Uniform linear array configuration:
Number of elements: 48
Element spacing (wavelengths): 1
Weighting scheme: hann
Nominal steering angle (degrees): -60
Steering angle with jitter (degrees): -61.402
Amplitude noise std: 0.05
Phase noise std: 0.05

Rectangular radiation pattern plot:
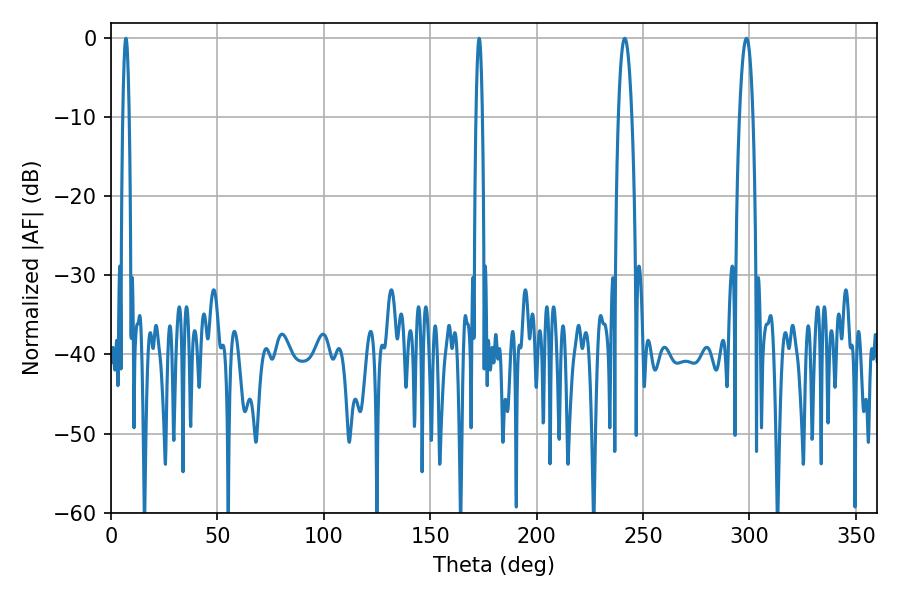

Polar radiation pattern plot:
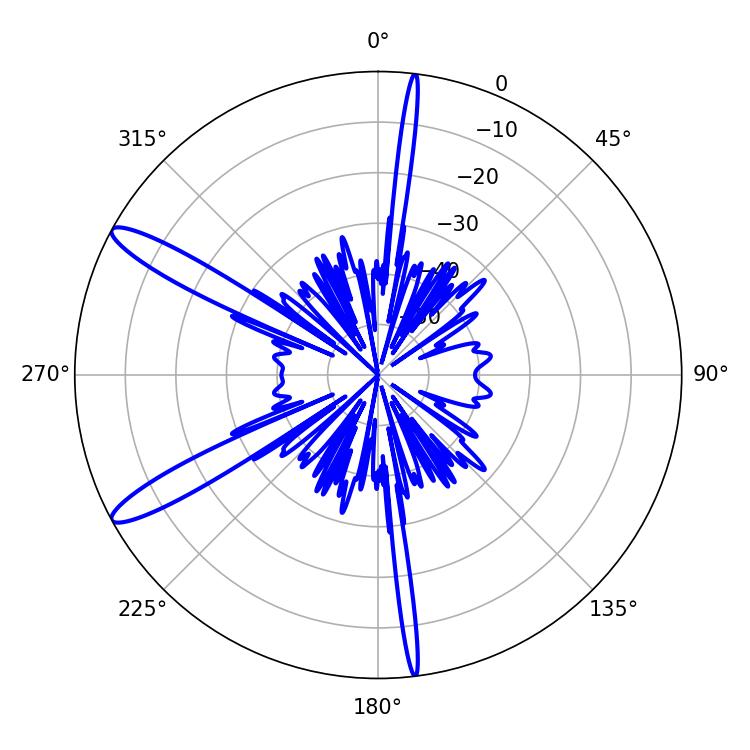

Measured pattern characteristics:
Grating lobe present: TRUE
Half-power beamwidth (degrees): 3.42
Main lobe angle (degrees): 241.38